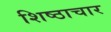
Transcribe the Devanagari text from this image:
शिष्ठाचार